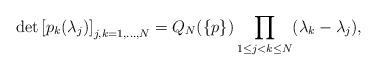
LaTeX: \begin{align*}\det\left[p_k(\lambda_j)\right]_{j,k=1,\ldots,N}=Q_N(\{p\})\prod_{1\leq j<k\leq N}(\lambda_k-\lambda_j),\end{align*}